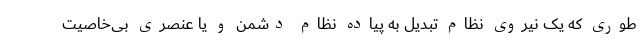
طوری که یک نیروی نظام تبدیل به پیاده نظام دشمن و یا عنصری بی‌خاصیت